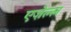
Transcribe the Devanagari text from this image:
एज़ेल्ल